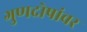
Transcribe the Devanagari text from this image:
गुणदोषांवर